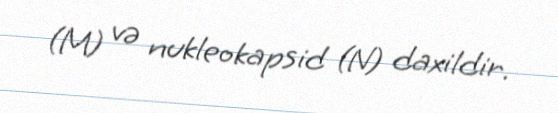
(M) və nukleokapsid (N) daxildir.